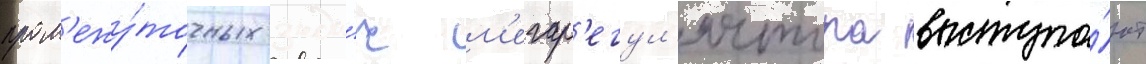
пром'ежу́точных зада́ч м'егар'егул'ятора выступа́ют